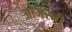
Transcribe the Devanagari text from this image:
ओजस्‍वी